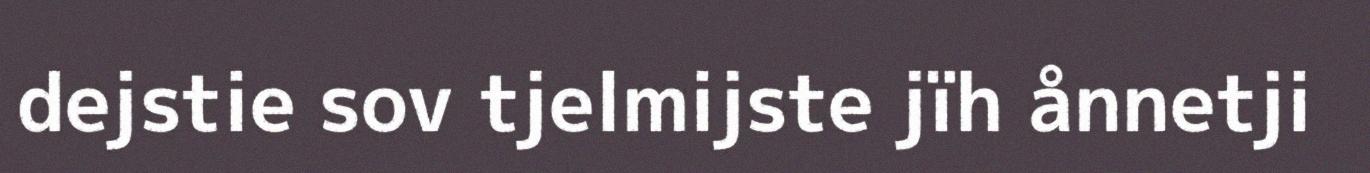
dejstie sov tjelmijste jïh ånnetji